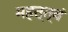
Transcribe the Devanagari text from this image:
महत्त्वं